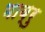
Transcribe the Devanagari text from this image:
भाब्रु